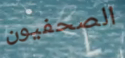
الصحفيون